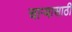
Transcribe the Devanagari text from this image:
चाऱ्यासाठी